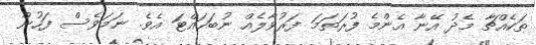
ތަކެއްޗާ މެދު އޭނާ އެންމެ ފުރަތަމަ ފަރުވާލެއް ނުބަހައްޓަ އެވެ. ނަމަވެސް ފަހުން